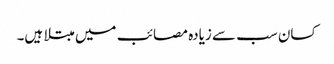
کسان سب سے زیادہ مصائب میں مبتلا ہیں۔